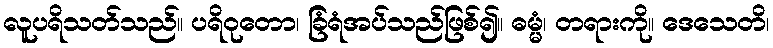
လူပရိသတ်သည်။ ပရိဝုတော၊ ခြံရံအပ်သည်ဖြစ်၍။ ဓမ္မံ၊ တရားကို။ ဒေသေတိ၊